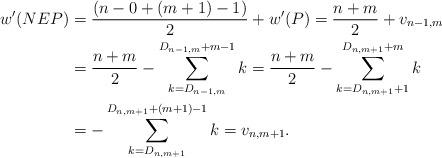
LaTeX: \begin{align*}w'(NEP) & = \frac{(n - 0 + (m+1) - 1)}{2} + w'(P) = \frac{n+m}{2} + v_{n-1,m}\\ & = \frac{n+m}{2} - \sum_{k=D_{n-1,m}}^{D_{n-1,m}+m-1} k = \frac{n+m}{2} - \sum_{k=D_{n,m+1}+1}^{D_{n,m+1}+m} k\\ & = -\sum_{k=D_{n,m+1}}^{D_{n,m+1}+(m+1)-1} k = v_{n,m+1}.\end{align*}